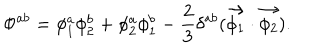
\Phi ^ { a b } = \phi _ { 1 } ^ { a } \phi _ { 2 } ^ { b } + \phi _ { 2 } ^ { a } \phi _ { 1 } ^ { b } - \frac { 2 } { 3 } \delta ^ { a b } ( \vec { \phi _ { 1 } } \cdot \vec { \phi _ { 2 } } ) .